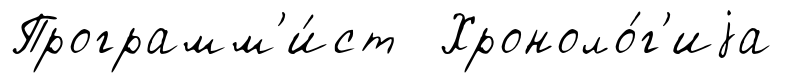
Программ'и́ст Хроноло́г'иjа